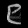
Digit: ၉